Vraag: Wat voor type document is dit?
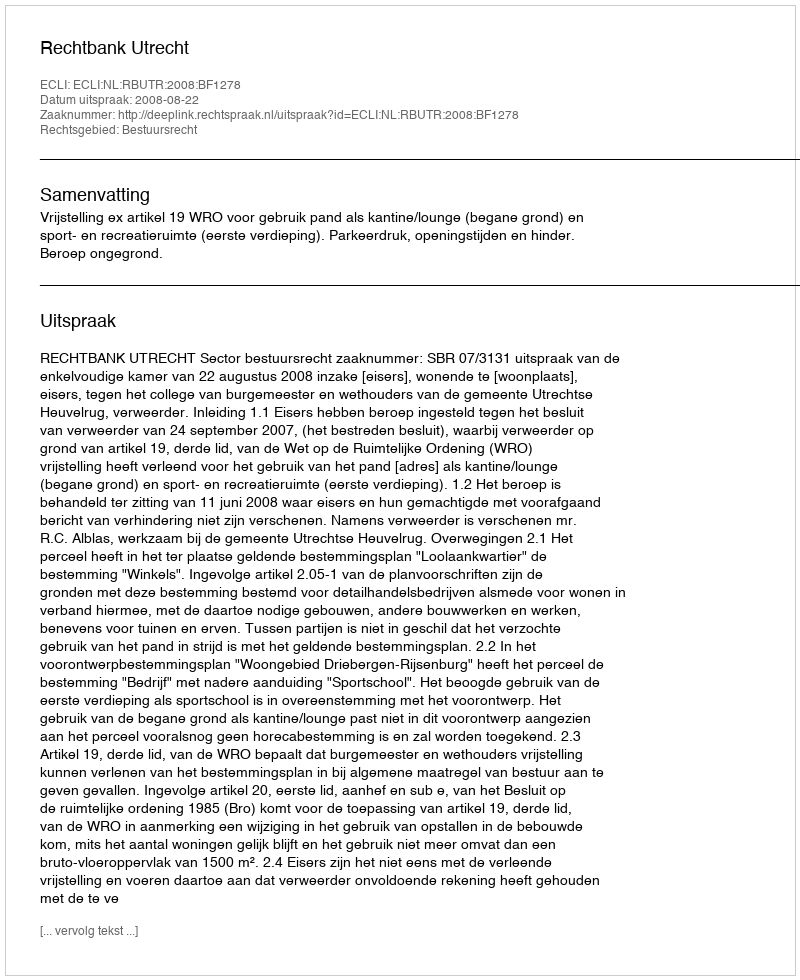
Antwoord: Uitspraak